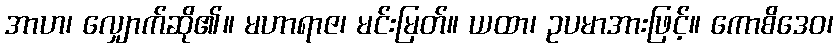
အာဟ၊ လျှောက်ဆို၏။ မဟာရာဇ၊ မင်းမြတ်။ ယထာ၊ ဥပမာအားဖြင့်။ ကောစိဒေဝ၊